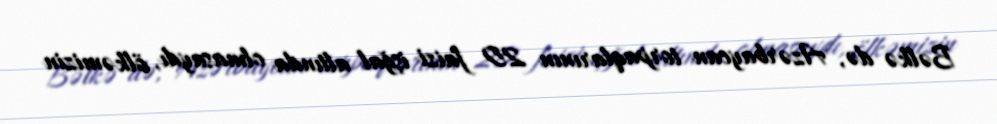
Bəlkə də, Azərbaycan torpaqlarının 20 faizi işğal altında olmasaydı, ölkəmizin